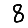
Digit: 8